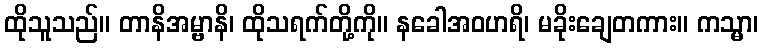
ထိုသူသည်။ တာနိအမ္ဗာနိ၊ ထိုသရက်တို့ကို။ နခေါအဝဟရိ၊ မခိုးချေတကား။ ကသ္မာ၊